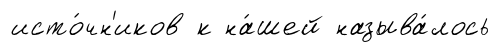
исто́чн'иков к на́шей называ́лось